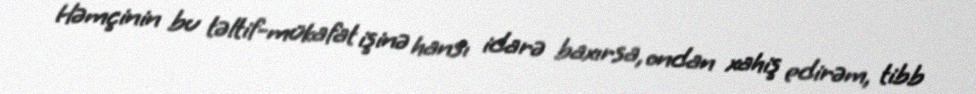
Həmçinin bu təltif-mükafat işinə hansı idarə baxırsa, ondan xahiş edirəm, tibb